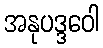
အနုပဒ္ဒဝေါ